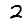
Digit: 2